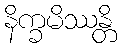
နိက္ခမိဿန္တိ